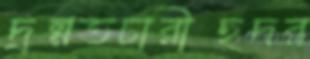
দ্রম্নতচারীছদর